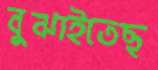
বুঝাইতেছ